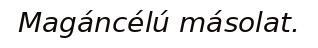
Magáncélú másolat.